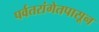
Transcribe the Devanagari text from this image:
पर्वतरांगेतपासून